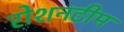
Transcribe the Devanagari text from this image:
रोशनटीम